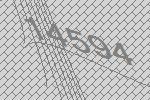
14594